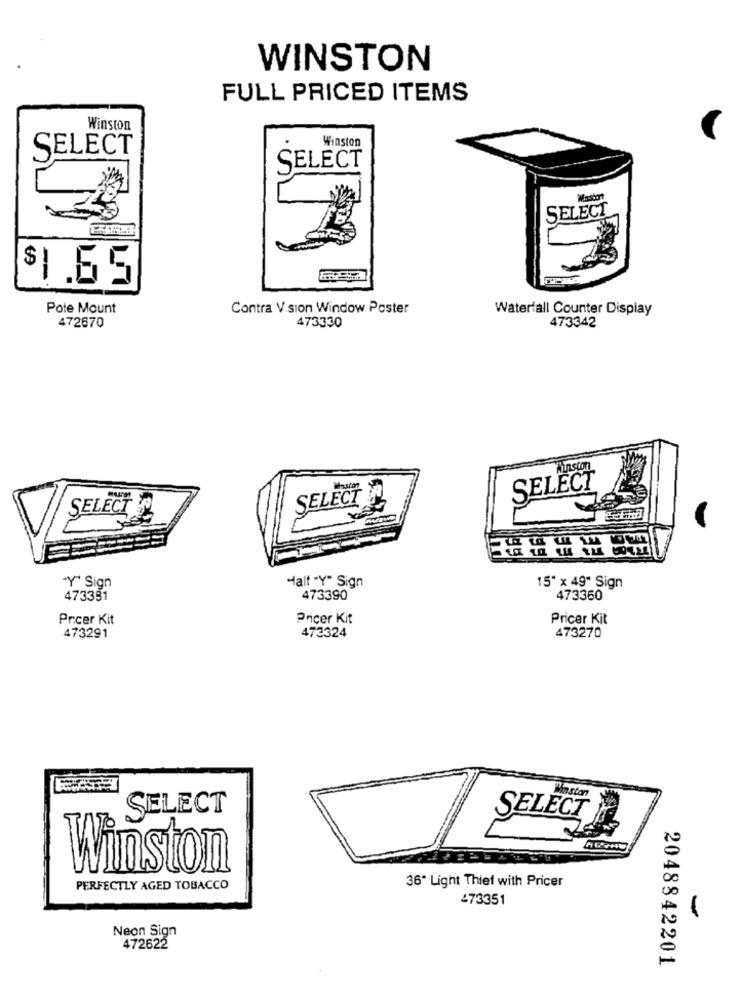
WINSTON
FULL PRICED ITEMS
Winston
Winston
SELECT
SELECT
SELECT
$1.65
Pote Mount
Contra V sion Window Poster
Waterfall Counter Display
472670
473330
473342
Kunston
SELECT
SELECT
SELECT
"Y' Sign
Halt "Y" Sign
15" x 49" Sign
473391
473390
473360
Prcer Kit
Pricer Kit
Pricer Kit
473291
473324
473270
Who.ston
SELECT
SELECT
Winston
36" Light Thief with Pricer
PERFECTLY AGED TOBACCO
473351
Neon Sign
472622
2048842201